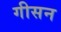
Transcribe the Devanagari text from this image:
गीसन